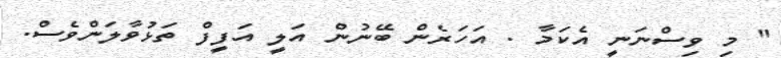
" މި ވިސްނަނީ އެކަމާ . އަހަރެން ބޭނުން އަލީ އަފީފް ތަޅުވާލަންވެސް.